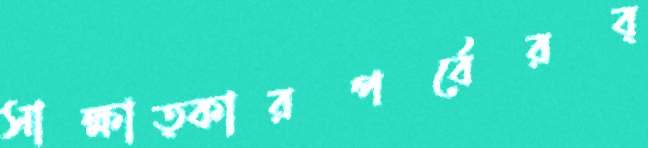
সাক্ষাত্কারপর্বেরব্